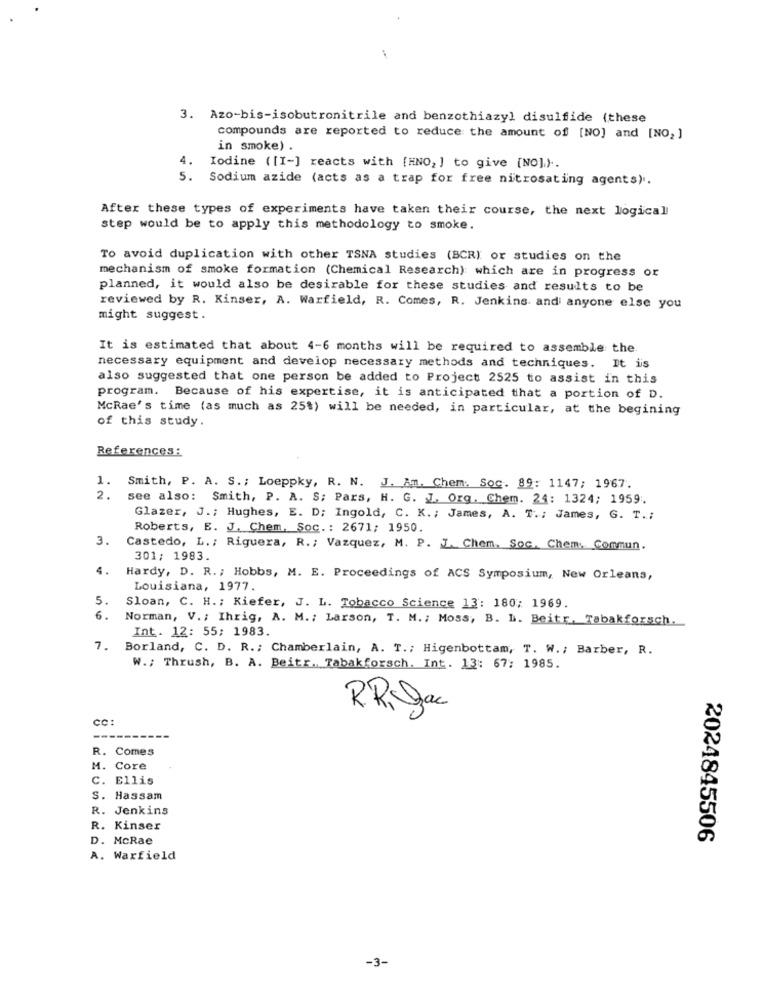
3. Azo-bis-isobutronitrile and benzothiazyl disulfide (these
compounds are reported to reduce the amount of [NO] and [NO, ]
in smoke) .
4.
Iodine ([I-] reacts with [HNO, ) to give [NO].) ..
5. Sodium azide (acts as a trap for free nitrosating agents).
After these types of experiments have taken their course, the next logical
step would be to apply this methodology to smoke.
To avoid duplication with other TSNA studies (BCR) or studies on the
mechanism of smoke formation (Chemical Research) which are in progress or
planned, it would also be desirable for these studies and results to be
reviewed by R. Kinser, A. Warfield, R. Comes, R. Jenkins and anyone else you
might suggest.
It is estimated that about 4-6 months will be required to assemble the.
necessary equipment and develop necessary methods and techniques. It is
also suggested that one person be added to Project 2525 to assist in this
program. Because of his expertise, it is anticipated that a portion of D.
McRae's time (as much as 25%) will be needed, in particular, at the begining
of this study.
References :
1.
Smith, P. A. S .; Loeppky, R. N. J. An. Chem. Soc. 89: 1147; 1967.
2.
see also: Smith, P. A. S; Pars, H. G. J. Org. Chem. 24: 1324; 1959.
Glazer, J .; Hughes, E. D; Ingold, C. K. ; James, A. T .; James, G. T .;
Roberts, E. J. Chem. Soc .: 2671; 1950.
3.
Castedo, L ., Riguera, R .; Vazquez, M. P. J. Chem. Soc. Chem, Commun.
301; 1983.
4.
Hardy, D. R .; Hobbs, M. E. Proceedings of ACS Symposium, New Orleans,
Louisiana, 1977.
5.
Sloan, C. H .; Kiefer, J. L. Tobacco Science 13: 180; 1969.
6.
Norman, V .; Ihrig, A. M .; Larson, T. M .; Moss, B. L. Beitr, Tabakforsch.
Int. 12: 55; 1983.
7. Borland, C. D. R .; Chamberlain, A. T .; Higenbottam, T. W .; Barber, R.
W .; Thrush, B. A. Beitr. Tabakforsch. Int. 13: 67; 1985.
RR, Jac
CC:
R. Comes
M. Core
C. Ellis
S. Hassam
R. Jenkins
R. Kinser
D. McRae
2024845506
A. Warfield
-3-